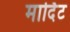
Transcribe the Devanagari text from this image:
मार्दिट